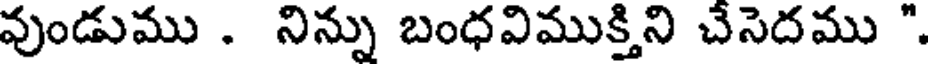
వుండుము . నిన్ను బంధవిముక్తిని చేసెదము ".